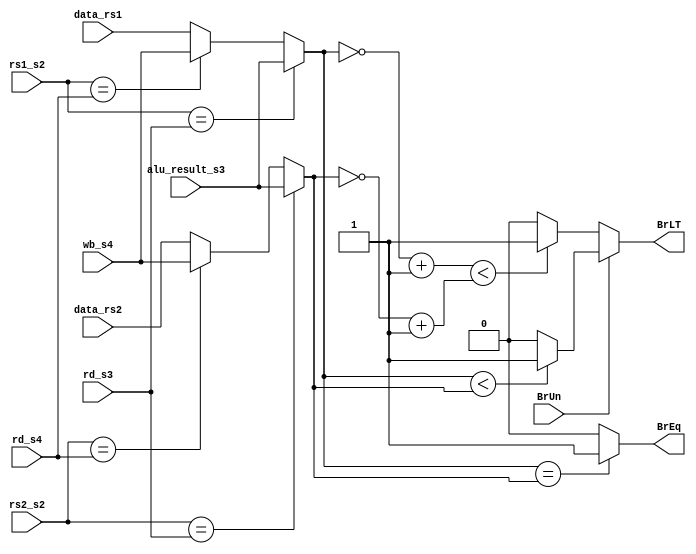
`timescale 1ns / 1ps
//////////////////////////////////////////////////////////////////////////////////
// Company: 
// Engineer: 
// 
// Design Name: 
// Module Name: Control_hazard_unit
// Project Name: 
// Target Devices: 
// Tool Versions: 
// Description: 
// 
// Dependencies: 
// 
// Revision:
// Revision 0.01 - File Created
// Additional Comments:
// 
//////////////////////////////////////////////////////////////////////////////////


module Control_hazard_unit(
input [4:0] rs1_s2,
input [4:0] rs2_s2,
input [4:0] rd_s3,
input [4:0] rd_s4,
input [31:0] data_rs1,
input [31:0] data_rs2,
input [31:0] alu_result_s3,
input [31:0] wb_s4,
input BrUn,
output BrEq,
output BrLT 
);

reg [31:0] data_op1;
reg [31:0] data_op2;
initial begin
    data_op1 = 0;
    data_op2 = 0;
end

always @(*) begin
    if(rs1_s2 == rd_s3)
        data_op1 = alu_result_s3;
    else if(rs1_s2 == rd_s4)
        data_op1 = wb_s4;
    else data_op1 =  data_rs1;
    
    
    if(rs2_s2 == rd_s3)
        data_op2 = alu_result_s3;
    else if(rs2_s2 == rd_s4)
        data_op2 = wb_s4;
    else data_op2 =  data_rs2;   
    
end
    
assign BrEq = (data_op1 == data_op2) ? 1 : 0;
assign BrLT = (BrUn) ? ((data_op1 < data_op2) ? 1 : 0) : ((((~data_op1+1) < (~data_op2+1)) ? 1 : 0));

endmodule